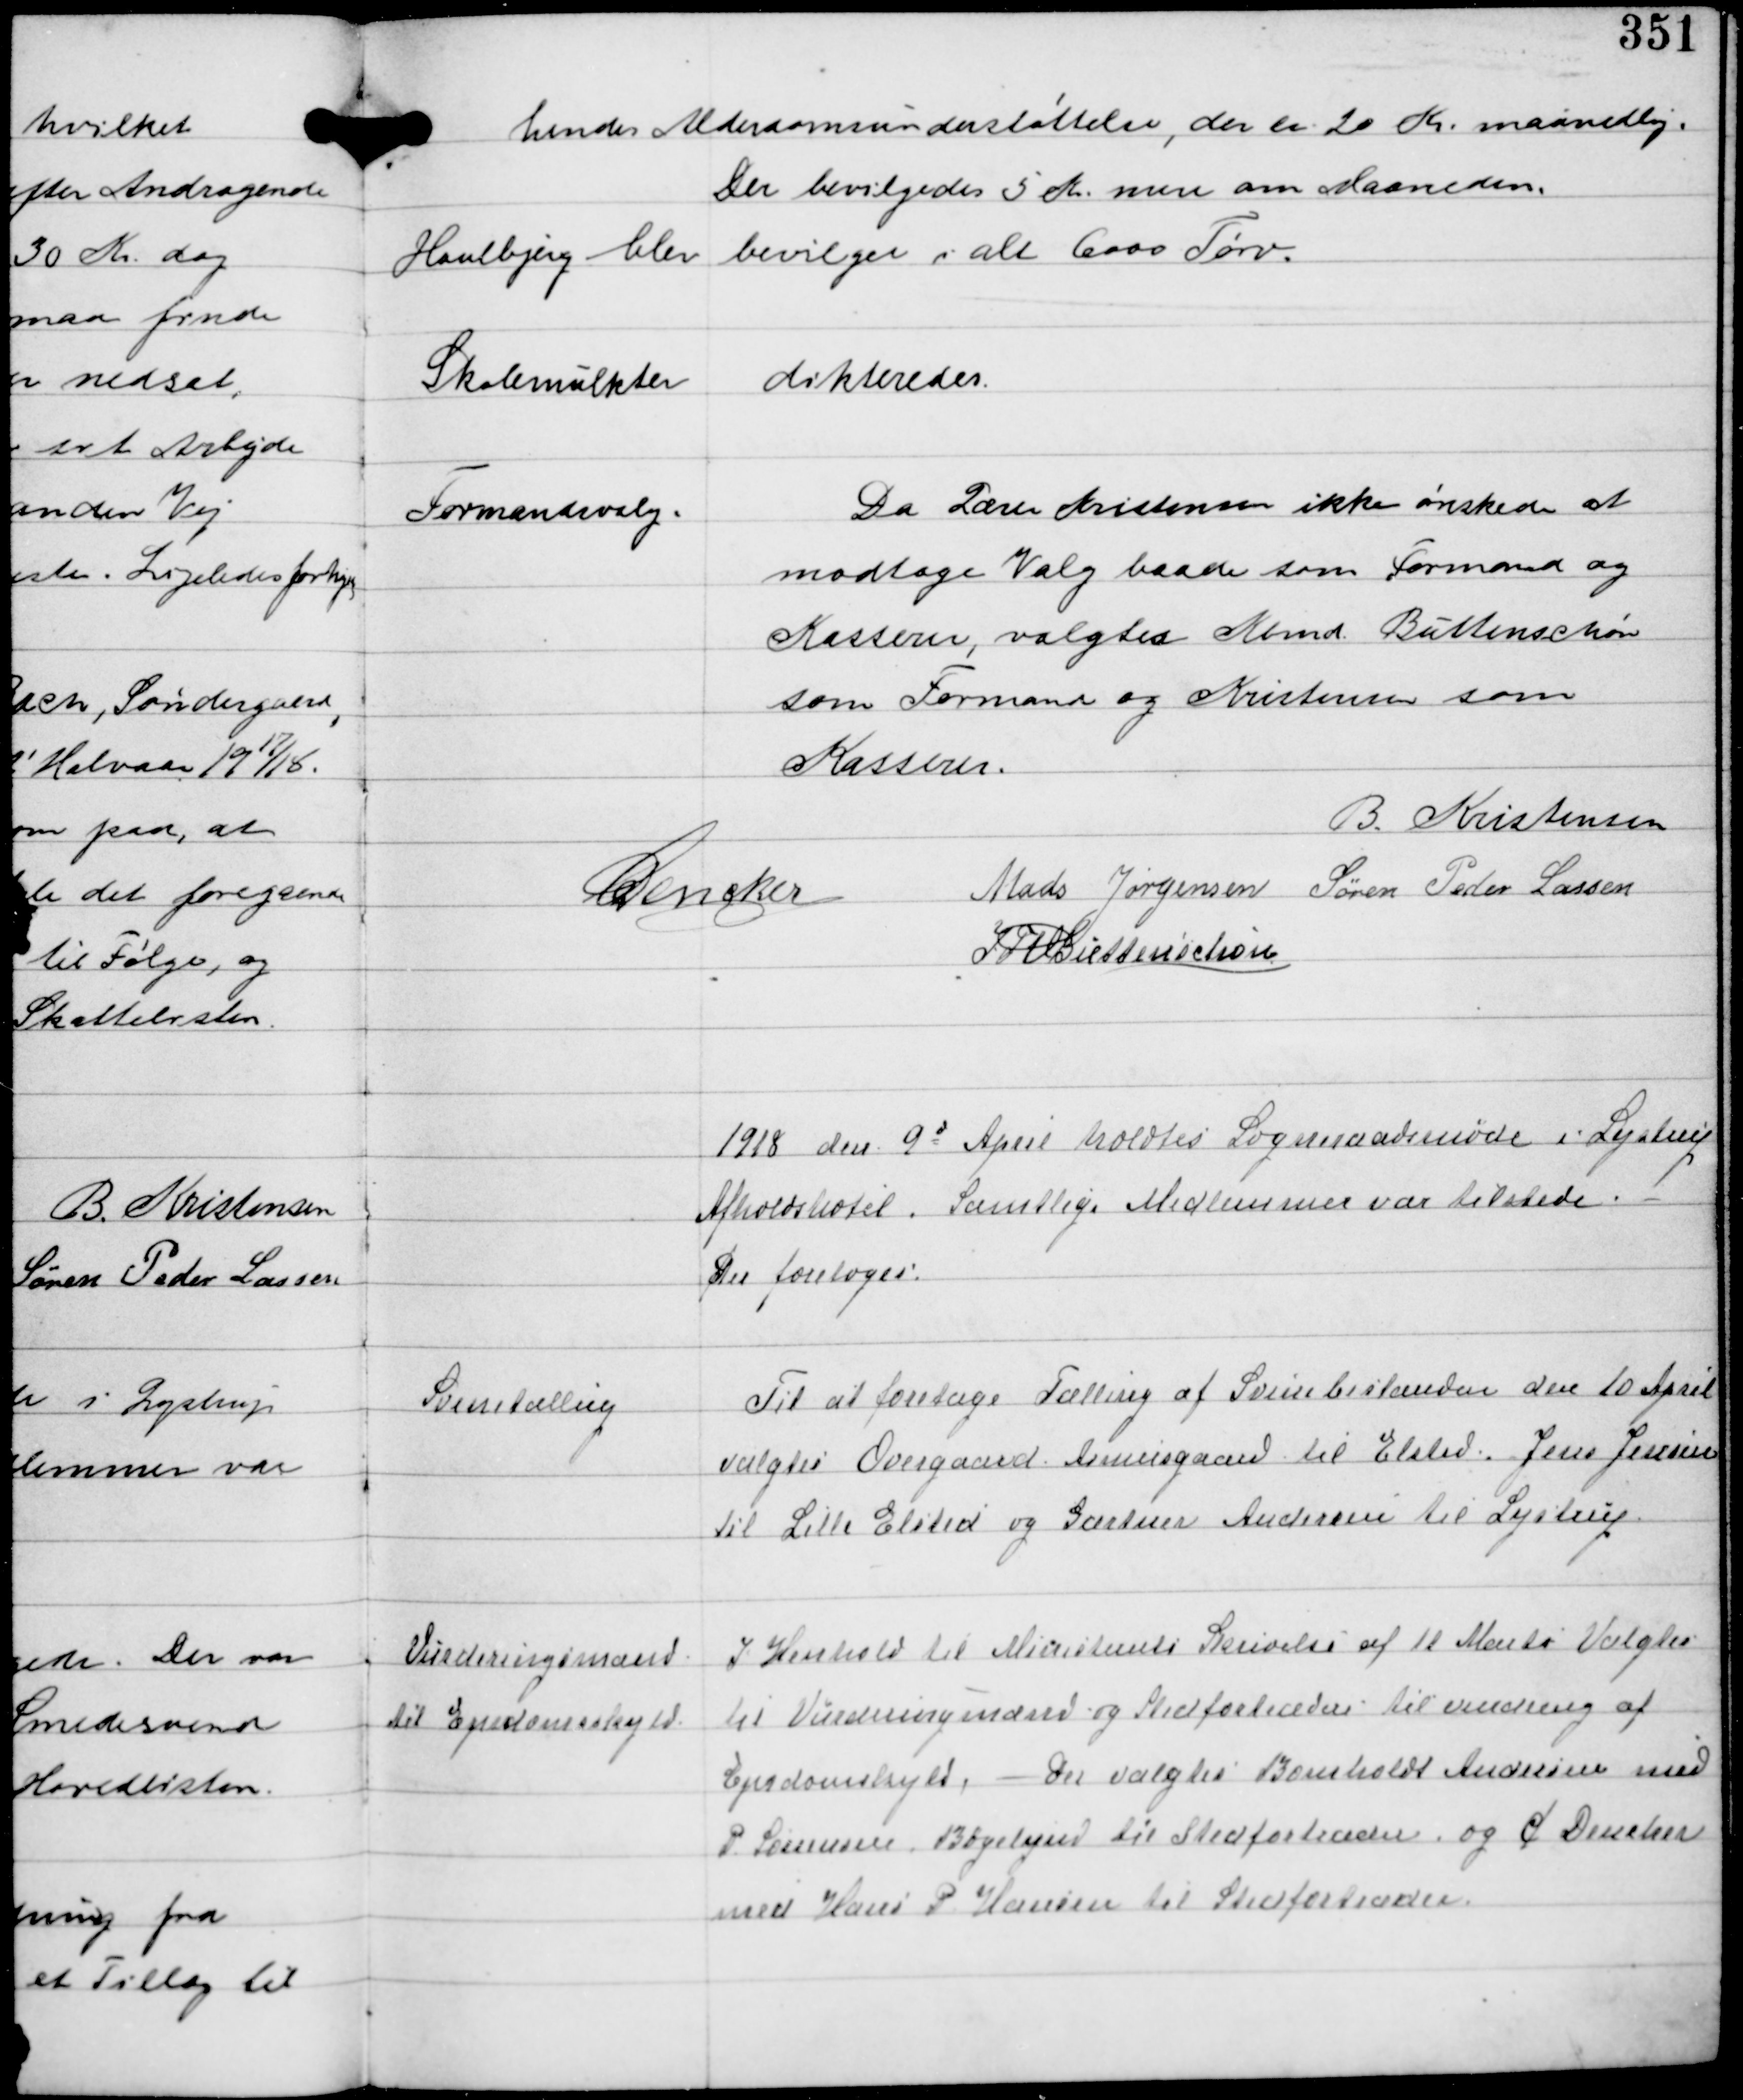
Transskription:
hendes Alderdomsunderstøttelse, der er 20 Kr maanedlig.
Der bevilgedes 5 Kr mere om Maaneden.

Houlbjerg blev bevilget i alt 6000 Tørv.

Skolemulkter

dikteredes

Formandsvalg.

Da Lærer Kristensen ikke ønskede at
modtage Valg baade som Formand og
Kasserer, valgtes Kbmd Buttenschøn
som Formand og Kristensen som
Kasserer.

B. Kristensen
C Dencker
Mads Jørgensen Søren Peder Lassen
IFV Buttenschøn

1918 den 9d April holdtes Sogneraadsmøde i Lystrup
Afholdshotel. Samtlige Medlemmer var tilstede. -
Der foretoges:

Svinetælling

Til at foretage Tælling af Svinebestanden den 10 April
valgtes Overgaard Asmusgaard til Elsted. Jens Jensen
til Lille Elsted og Gartner Andersen til Lystrup

Vurderingsmænd
til Ejendomsskyld

I Henhold til Ministeriets Skrivelse af 10 Marts Valgtes
til Vurderingsmænd og Stedfortrædere til vurdering af
Ejendomsskyld. - Der valgtes Bomholdt Andersen med
P Sørensen Bøgelund til Stedfortræder og C Dencker
med Hans P Hansen til Stedfortræder.